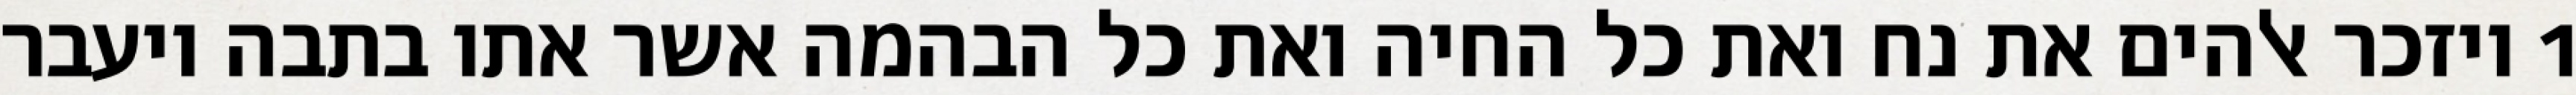
1 ויזכר אלהים את נח ואת כל החיה ואת כל הבהמה אשר אתו בתבה ויעבר